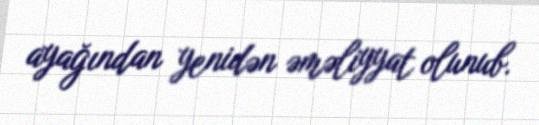
ayağından yenidən əməliyyat olunub.